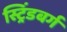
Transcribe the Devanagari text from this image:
स्ट्रिंडबर्ग